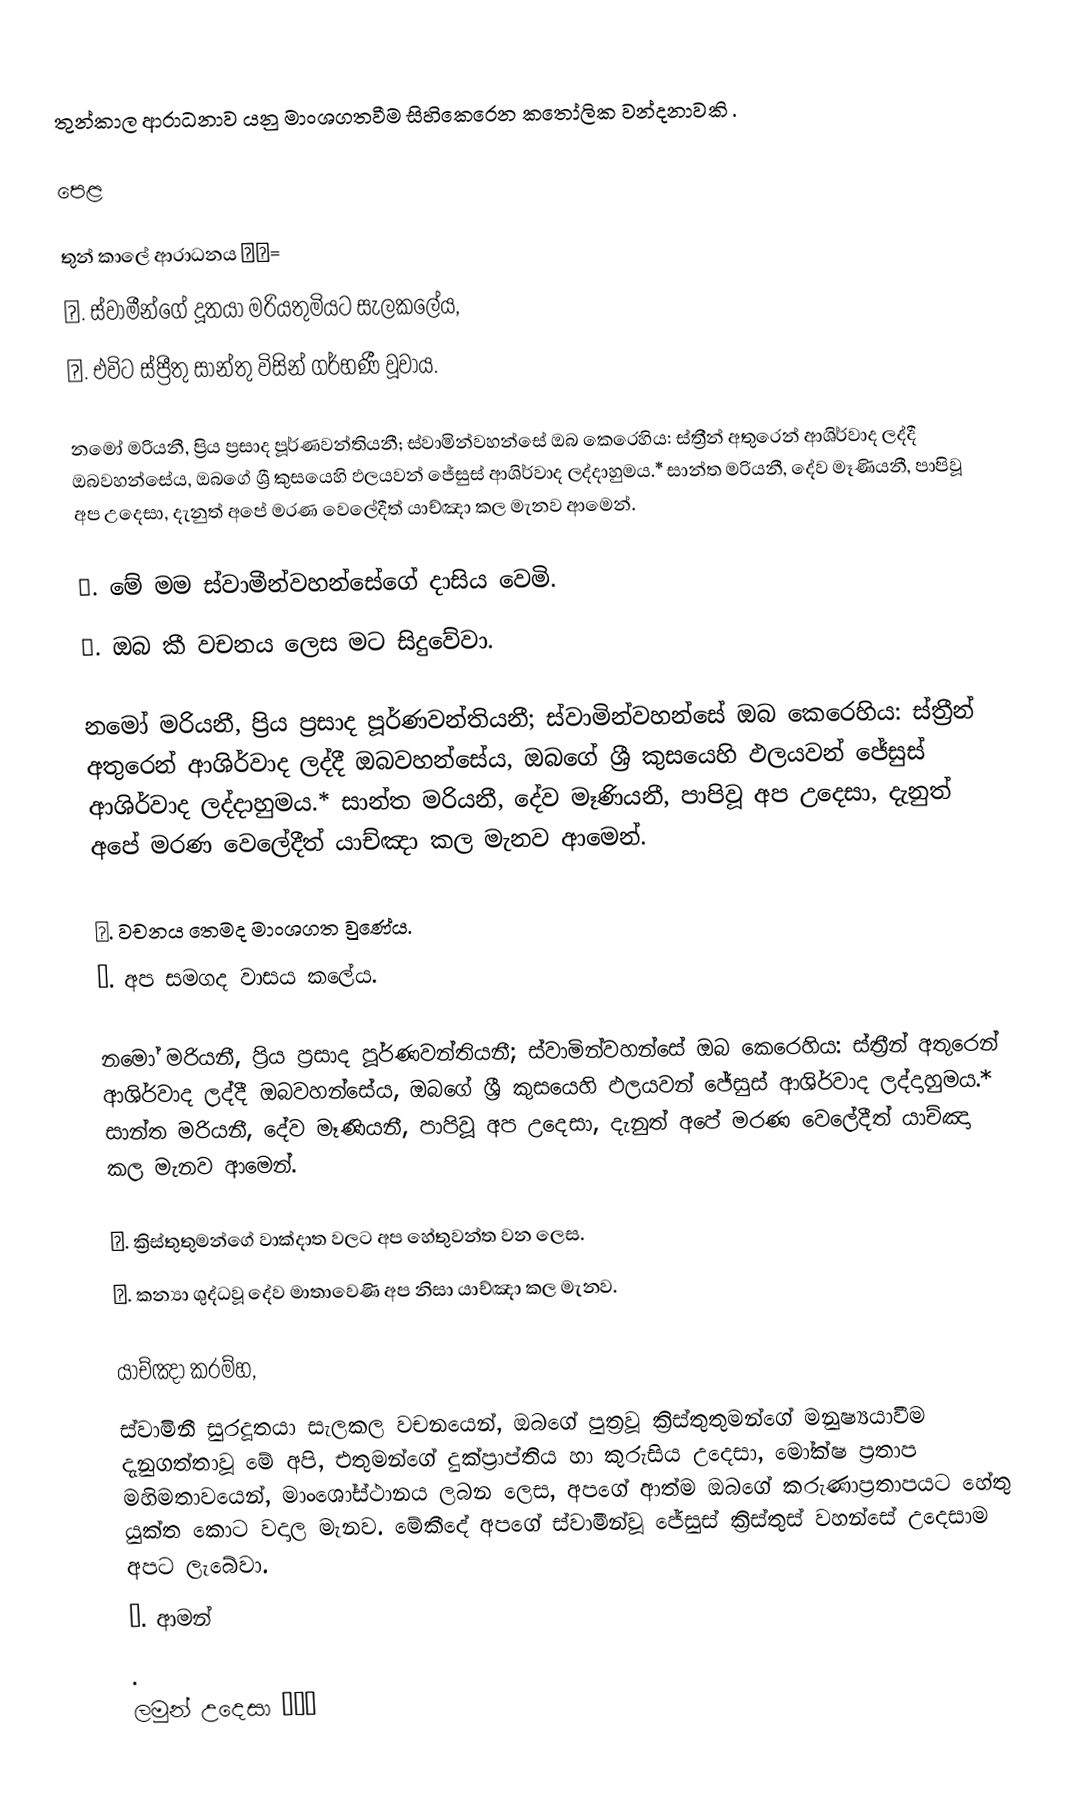
තුන්කාල ආරාධනාව යනු මාංශගතවීම සිහිකෙරෙන කතෝලික වන්දනාවකි .

පෙළ

තුන් කාලේ ආරාධනය 🙏😘=
℣. ස්වාමීන්ගේ දූතයා මරියතුමියට සැලකලේය,
℟. එවිට ස්ප්‍රීතු සාන්තු විසින් ගර්භණී වූවාය.

නමෝ මරියනී, ප්‍රිය ප්‍රසාද පූර්ණවන්තියනී; ස්වාමින්වහන්සේ ඔබ කෙරෙහිය: ස්ත්‍රීන් අතුරෙන් ආශිර්වාද ලද්දී ඔබවහන්සේය, ඔබගේ ශ්‍රී කුසයෙහි ඵලයවන් ජේසුස් ආශිර්වාද ලද්දාහුමය.* සාන්ත මරියනී, දේව මෑණියනී, පාපිවූ අප උදෙසා, දැනුත් අපේ මරණ වෙලේදීත් යාච්ඤා කල මැනව ආමෙන්.

℣. මේ මම ස්වාමීන්වහන්සේගේ දාසිය වෙමි.
℟. ඔබ කී වචනය ලෙස මට සිදුවේවා.

නමෝ මරියනී, ප්‍රිය ප්‍රසාද පූර්ණවන්තියනී; ස්වාමින්වහන්සේ ඔබ කෙරෙහිය: ස්ත්‍රීන් අතුරෙන් ආශිර්වාද ලද්දී ඔබවහන්සේය, ඔබගේ ශ්‍රී කුසයෙහි ඵලයවන් ජේසුස් ආශිර්වාද ලද්දාහුමය.* සාන්ත මරියනී, දේව මෑණියනී, පාපිවූ අප උදෙසා, දැනුත් අපේ මරණ වෙලේදීත් යාච්ඤා කල මැනව ආමෙන්.

℣. වචනය තෙමද මාංශගත වුණේය.
℟. අප සමගද වාසය කලේය.

නමෝ මරියනී, ප්‍රිය ප්‍රසාද පූර්ණවන්තියනී; ස්වාමින්වහන්සේ ඔබ කෙරෙහිය: ස්ත්‍රීන් අතුරෙන් ආශිර්වාද ලද්දී ඔබවහන්සේය, ඔබගේ ශ්‍රී කුසයෙහි ඵලයවන් ජේසුස් ආශිර්වාද ලද්දාහුමය.* සාන්ත මරියනී, දේව මෑණියනී, පාපිවූ අප උදෙසා, දැනුත් අපේ මරණ වෙලේදීත් යාච්ඤා කල මැනව ආමෙන්.

℣. ක්‍රිස්තුතුමන්ගේ වාක්දාත වලට අප හේතුවන්ත වන ලෙස.
℟. කන්‍යා ශුද්ධවූ දේව මාතාවෙණි අප නිසා යාච්ඤා කල මැනව.

යාච්ඤා කරම්හ,
ස්වාමිනී සුරදූතයා සැලකල වචනයෙන්, ඔබගේ පුත්‍රවූ ක්‍රිස්තුතුමන්ගේ මනුෂ්‍යයාවීම දැනුගත්තාවූ මේ අපි, එතුමන්ගේ දුක්ප්‍රාප්තිය හා කුරුසිය උදෙසා, මෝක්ෂ ප්‍රතාප මහිමතාවයෙන්, මාංශෝස්ථානය ලබන ලෙස, අපගේ ආත්ම ඔබගේ කරුණාප්‍රතාපයට හේතු යුක්ත කොට වදාල මැනව. මේකීදේ අපගේ ස්වාමීන්වූ ජේසුස් ක්‍රිස්තුස් වහන්සේ උදෙසාම අපට ලැබේවා.
℟. ආමන්
.
ලමුන් උදෙසා 🙏🙏👋